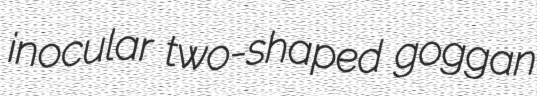
inocular two-shaped goggan